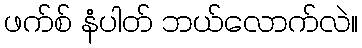
ဖက်စ် နံပါတ် ဘယ်လောက်လဲ။